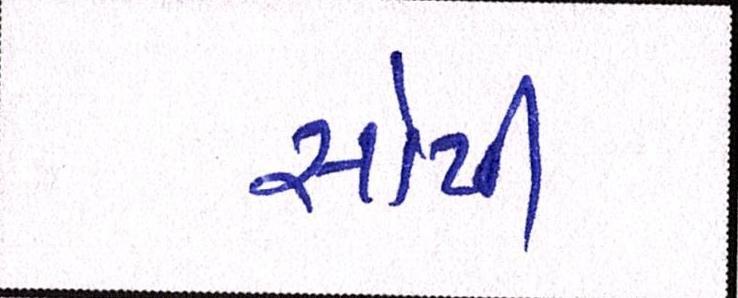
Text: સોપી